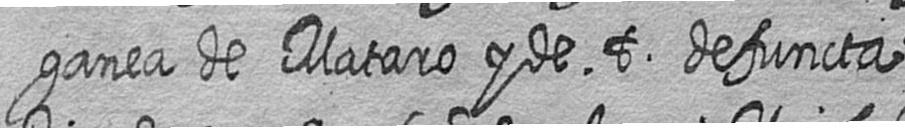
ganea de Mataro y de t defuncta